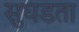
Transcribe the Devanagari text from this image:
सुघडता